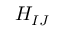
H _ { I J }